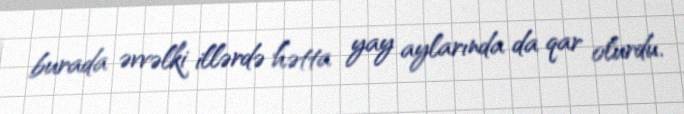
burada əvvəlki illərdə hətta yay aylarında da qar olurdu.